Source: Handwritten
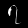
Digit: ၇ (7)